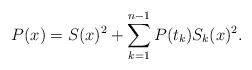
LaTeX: \begin{align*}P(x)=S(x)^2+\sum_{k=1}^{n-1}P(t_k)S_k(x)^2.\end{align*}